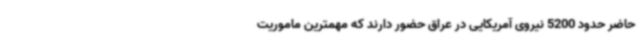
حاضر حدود 5200 نیروی آمریکایی در عراق حضور دارند که مهمترین ماموریت‌